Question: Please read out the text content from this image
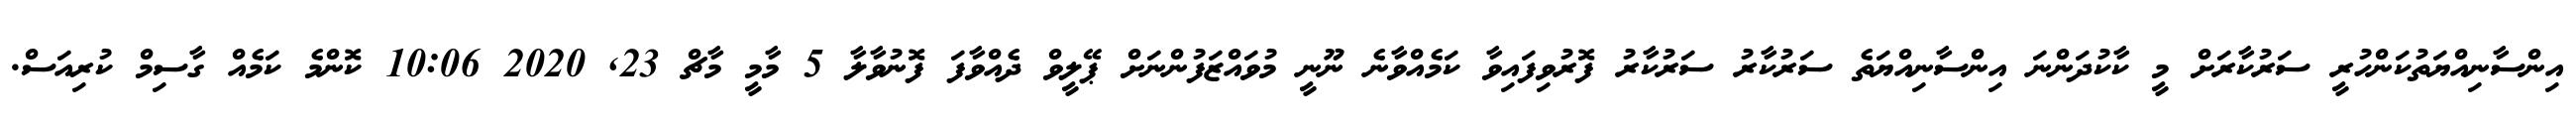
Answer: އިންސާނިއްޔަތުކަންހުރީ ސަރުކާރަށް މީ ކާކުދަންނަ އިންސާނިއްޔަތެ ސަރުކާރު ސަރުކާރު ފޮރުވިފައިވާ ކަމެއްވާނެ ނޫނީ މުވައްޒަފުންނަށް ޕޭލީވް ދެއްވާފަ ފޮނުވާލާ 5 މާމީ މާޗް 23, 2020 10:06 ކޮންމެ ކަމެއް ގާސިމް ކުރިއަސް.